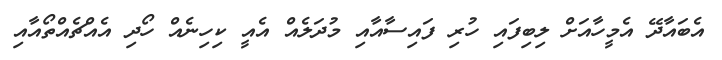
އެބައާދޭ އެމީހާއަށް ލިބިފައި ހުރި ފައިސާއާއި މުދަލެއް އެއީ ކިހިނެއް ހޯދި އެއްޗެއްތޯއާއި